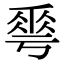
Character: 𠌶